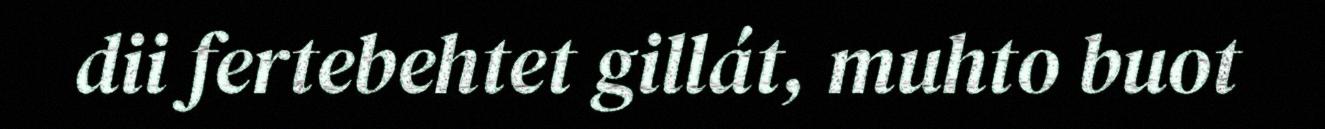
dii fertebehtet gillát, muhto buot